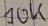
Text: 10K